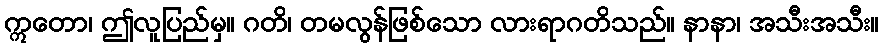
ဣတော၊ ဤလူပြည်မှ။ ဂတိ၊ တမလွန်ဖြစ်သော လားရာဂတိသည်။ နာနာ၊ အသီးအသီး။